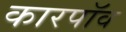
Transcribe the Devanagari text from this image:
कारपॉव